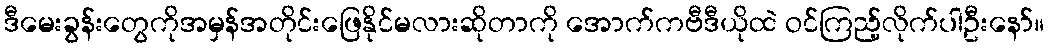
ဒီမေးခွန်းတွေကိုအမှန်အတိုင်းဖြေနိုင်မလားဆိုတာကို အောက်ကဗီဒီယိုထဲ ဝင်ကြည့်လိုက်ပါဦးနော်။